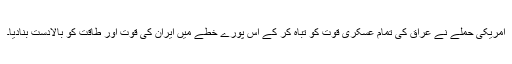
امریکی حملے نے عراق کی تمام عسکری قوت کو تباہ کر کے اس پورے خطے میں ایران کی قوت اور طاقت کو بالادست بنادیا۔